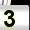
Digit: 3